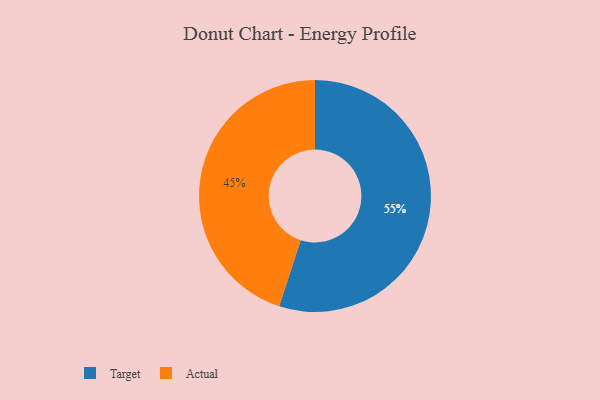
{"axis": {"x": "Category", "y": "Percentage"}, "legend": ["Actual", "Target"], "data": [{"x": "Target", "y": 55, "type": "Target"}, {"x": "Actual", "y": 45, "type": "Actual"}]}